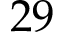
2 9